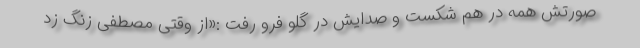
صورتش همه در هم شکست و صدایش در گلو فرو رفت :«از وقتی مصطفی زنگ زد